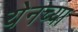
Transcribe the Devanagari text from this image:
येनच्या